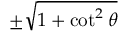
\pm { \sqrt { 1 + \cot ^ { 2 } \theta } }